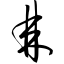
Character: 棘